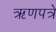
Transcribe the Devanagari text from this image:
ऋणपत्रे